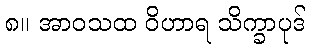
၈။ အာဝသထ ဝိဟာရ သိက္ခာပုဒ်